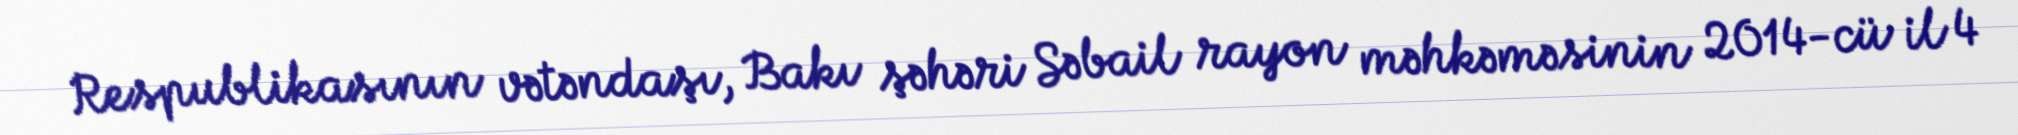
Respublikasının vətəndaşı, Bakı şəhəri Səbail rayon məhkəməsinin 2014-cü il 4